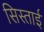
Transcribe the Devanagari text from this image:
सिस्ताई